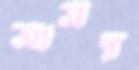
আসন্ন